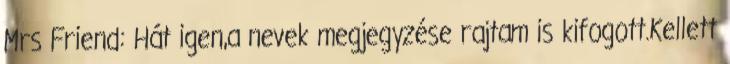
Mrs Friend: Hát igen,a nevek megjegyzése rajtam is kifogott.Kellett